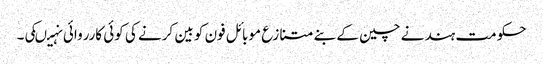
حکومت ہند نے چین کے بنے متنازع موبائل فون کو بین کرنے کی کوئی کارروائی نہیںکی۔